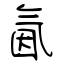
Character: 氤